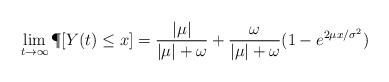
LaTeX: \begin{align*} \lim_{t \rightarrow \infty} \P[Y(t) \leq x] =\frac{|\mu|}{|\mu|+\omega} +\frac{\omega}{|\mu|+\omega} (1-e^{2\mu x/\sigma^2})\end{align*}